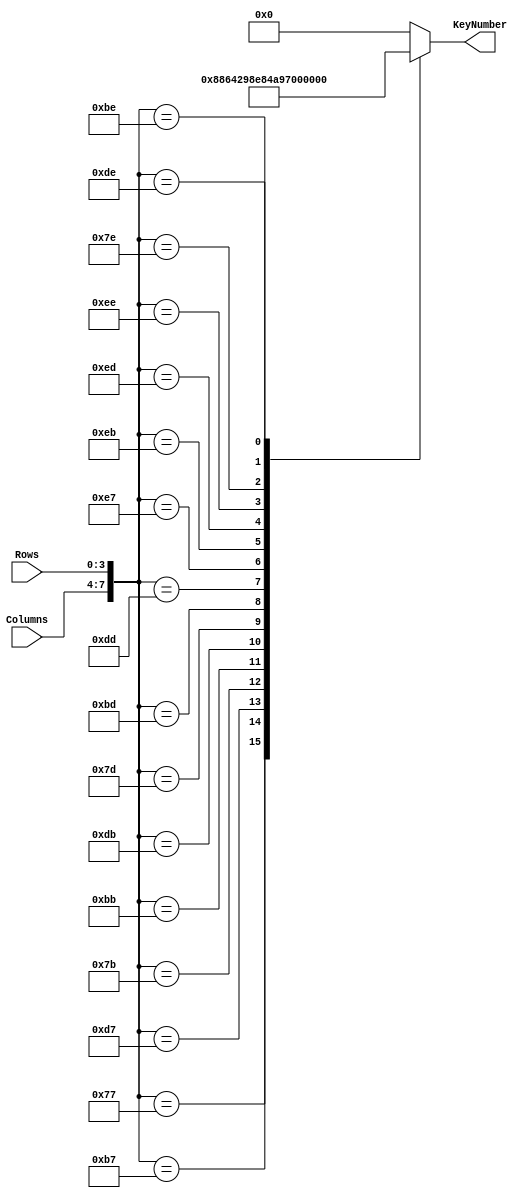
module KeyEncoderAJM(Columns, Rows, KeyNumber);
	input [3:0] Columns;
	input [3:0] Rows;
	output reg [4:0] KeyNumber;

	parameter NoKey = 0;
	parameter key1 = 1;
	parameter key2 = 2;
	parameter key3 = 3;
	parameter key4 = 4;
	parameter key5 = 5;
	parameter key6 = 6;
	parameter key7 = 7;
	parameter key8 = 8;
	parameter key9 = 9;
	parameter keyA = 10;
	parameter keyB = 11;
	parameter keyC = 12;
	parameter keyD = 13;
	parameter keyStar = 14;
	parameter key0 = 15;
	parameter keyPound = 16;
	
	always@(Columns or Rows)
	case ({ Columns, Rows })
		8'b01110111: KeyNumber <= key1;
		8'b10110111: KeyNumber <= key2;
		8'b11010111: KeyNumber <= key3;
		8'b01111011: KeyNumber <= key4;
		8'b10111011: KeyNumber <= key5;
		8'b11011011: KeyNumber <= key6;
		8'b01111101: KeyNumber <= key7;
		8'b10111101: KeyNumber <= key8;
		8'b11011101: KeyNumber <= key9;
		8'b11100111: KeyNumber <= keyA;
		8'b11101011: KeyNumber <= keyB;
		8'b11101101: KeyNumber <= keyC;
		8'b11101110: KeyNumber <= keyD;
		8'b01111110: KeyNumber <= keyStar;
		8'b10111110: KeyNumber <= key0;
		8'b11011110: KeyNumber <= keyPound;
		default: KeyNumber <= NoKey;
	endcase
endmodule